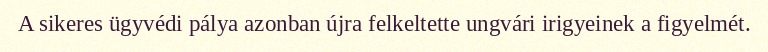
A sikeres ügyvédi pálya azonban újra felkeltette ungvári irigyeinek a figyelmét.